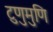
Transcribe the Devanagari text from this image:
टुणुमुणि